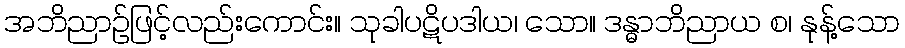
အဘိညာဉ်ဖြင့်လည်းကောင်း။ သုခါပဋိပဒါယ၊ သော။ ဒန္ဓာဘိညာယ စ၊ နုန့်သော